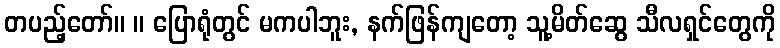
တပည့်တော်။ ။ ပြောရုံတွင် မကပါဘူး, နက်ဖြန်ကျတော့ သူ့မိတ်ဆွေ သီလရှင်တွေကို